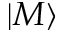
| M \rangle